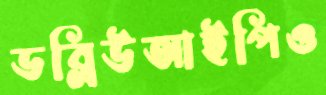
ডব্লিউআইপিও